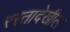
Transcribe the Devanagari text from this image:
रस्तादेखील